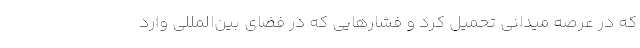
که در عرصه میدانی تحمیل کرد و فشارهایی که در فضای بین‌المللی وارد